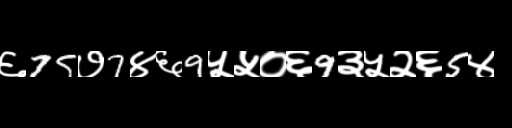
Text: ६75७7४६9५५०६9३५२६5४